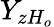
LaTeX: Y_{zH_{o}}